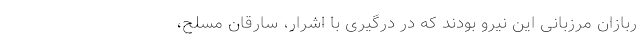
ربازان مرزبانی این نیرو بودند که در درگیری با اشرار، سارقان مسلح،